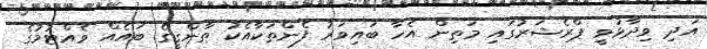
އަދި ވިދާޅުވީ ޕްރެޝަރުގައި މަތިން އެހާ ބައިވަރު ފެންތަކާއެކު ތާންގީގެ ބައެއް ވެއްޓުމުގެ